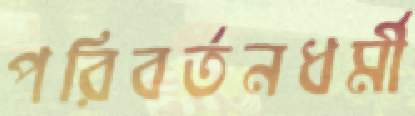
পরিবর্তনধর্মী